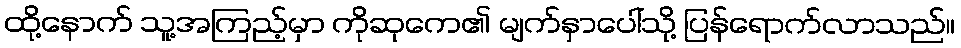
ထို့နောက် သူ့အကြည့်မှာ ကိုဆုကေ၏ မျက်နှာပေါ်သို့ ပြန်ရောက်လာသည်။